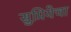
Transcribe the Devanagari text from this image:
सुप्रियेचा